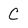
Character: C